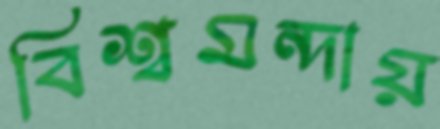
বিশ্বমন্দায়